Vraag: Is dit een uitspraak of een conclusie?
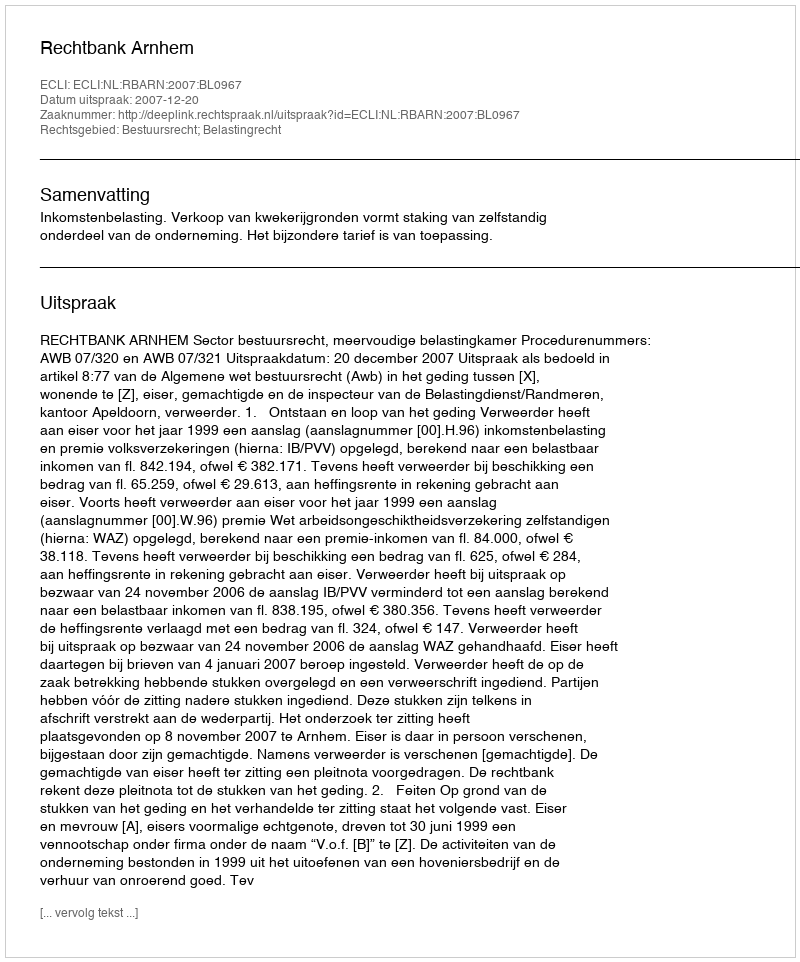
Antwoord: Uitspraak